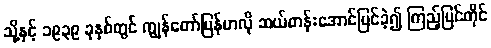
သို့နှင့် ၁၉၃၉ ခုနှစ်တွင် ကျွန်တော်မြန်မာလို ဆယ်တန်းအောင်မြင်ခဲ့၍ ကြည့်မြင်တိုင်